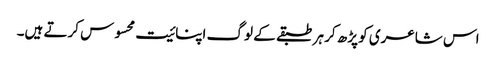
اس شاعری کو پڑھ کر ہر طبقے کے لوگ اپنائیت محسوس کرتے ہیں۔